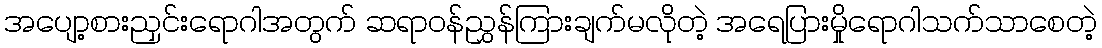
အပျော့စားညှင်းရောဂါအတွက် ဆရာဝန်ညွှန်ကြားချက်မလိုတဲ့ အရေပြားမှိုရောဂါသက်သာစေတဲ့